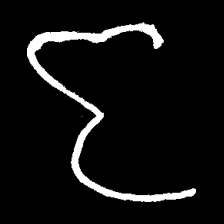
Pyu character \u2014 Myanmar letter: ဇ (romanized: ja)